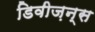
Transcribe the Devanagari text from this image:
डिवीज़न्स